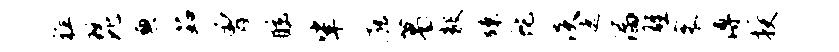
祥琵兼茹曾眩挲廊葛毅竦蛇淡遮漏雄寰溥授